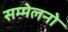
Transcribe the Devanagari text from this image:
सम्मेलनो